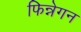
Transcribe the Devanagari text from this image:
फिन्नेगन